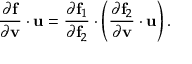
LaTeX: { \frac { \partial \mathbf { f } } { \partial \mathbf { v } } } \cdot \mathbf { u } = { \frac { \partial \mathbf { f } _ { 1 } } { \partial \mathbf { f } _ { 2 } } } \cdot \left( { \frac { \partial \mathbf { f } _ { 2 } } { \partial \mathbf { v } } } \cdot \mathbf { u } \right) .